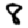
Digit: 8